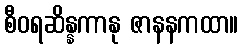
စီဝရဆိန္နကာနု ဇာနနကထာ။